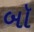
બૉ